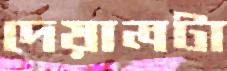
দেয়ালটা